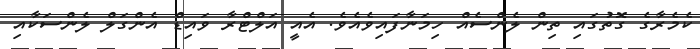
ކެމެރާގެ ގޮތުގައި ތިން ލެންސެއް ހިމަނާފައިވެއެވެ. އެއީ އަލްޓްރާ ވައިޑް އެންގަލް ލެންސަކާއި